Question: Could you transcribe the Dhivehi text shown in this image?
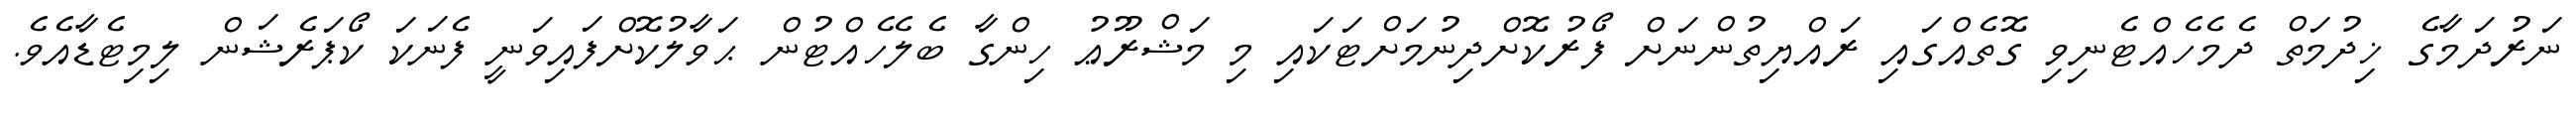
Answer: ނަރުދަމާގެ ޚިދުމަތް ދެމެހެއްޓެނިވި ގޮތެއްގައި ރައްޔިތުންނަށް ފޯރުކޮށްދިނުމަށްޓަކައި މި މަޝްރޫޢު ހިންގާ ބެލެހެއްޓުން ޙަވާލުކޮށްފައިވަނީ ފެނަކަ ކޯޕަރެޝަން ލިމިޓެޑާއެވެ.